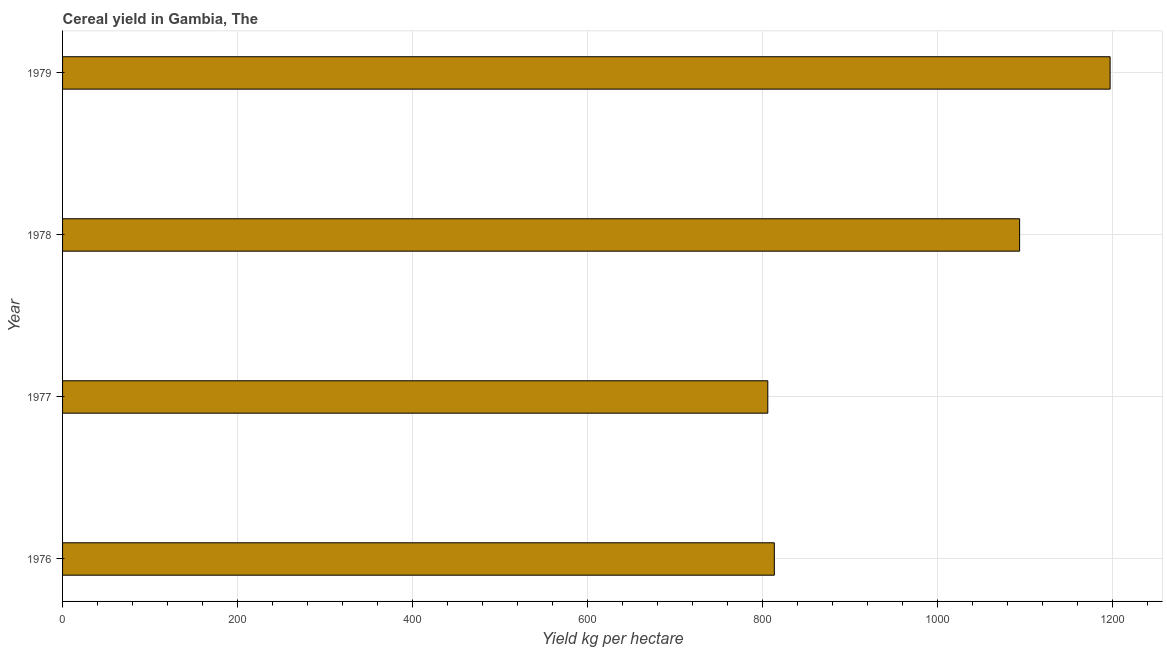
| Year | Cereal yield |
 | --- | --- |
 | 1976 | 813 |
 | 1977 | 806 |
 | 1978 | 1.09e+03 |
 | 1979 | 1.2e+03 |